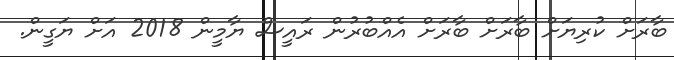
ބާރަށް ކުރިޔަށް ބާރަށް ބާރަށް އެއްބުރުން ރައީސް ޔާމީން 2018 އަށް ޔަގީން.